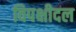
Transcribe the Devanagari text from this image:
विपक्षीदल